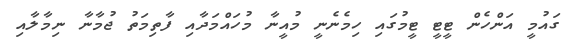
ގައުމީ އަންހެން ޓީޓީ ޓީމުގައި ހިމެނެނީ މުއީނާ މުހައްމަދާއި ފާތިމަތު ޖުމާނާ ނިމާލާއި